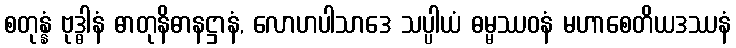
စတုန္နံ ဗုဒ္ဓါနံ ဓာတုနိဓာနဋ္ဌာနံ, လောဟပါသာဒေ သပ္ပါယံ ဓမ္မဿဝနံ မဟာစေတိယဒဿနံ